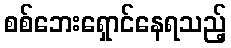
စစ်ဘေးရှောင်နေရသည့်